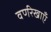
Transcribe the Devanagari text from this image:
वर्णरेखाएँ